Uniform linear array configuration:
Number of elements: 48
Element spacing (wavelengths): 0.25
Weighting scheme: exponential
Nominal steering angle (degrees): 60
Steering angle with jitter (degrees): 61.709
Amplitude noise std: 0.05
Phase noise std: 0.05

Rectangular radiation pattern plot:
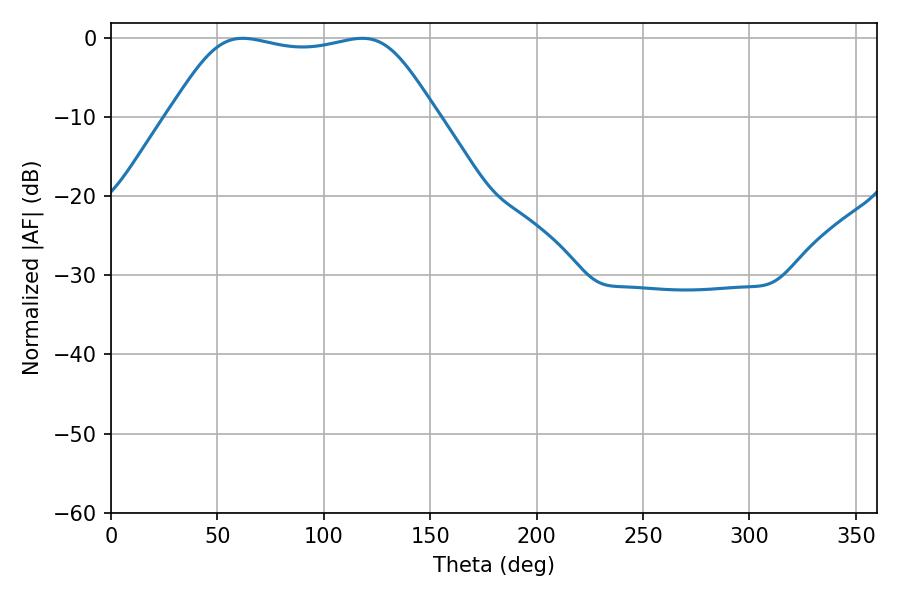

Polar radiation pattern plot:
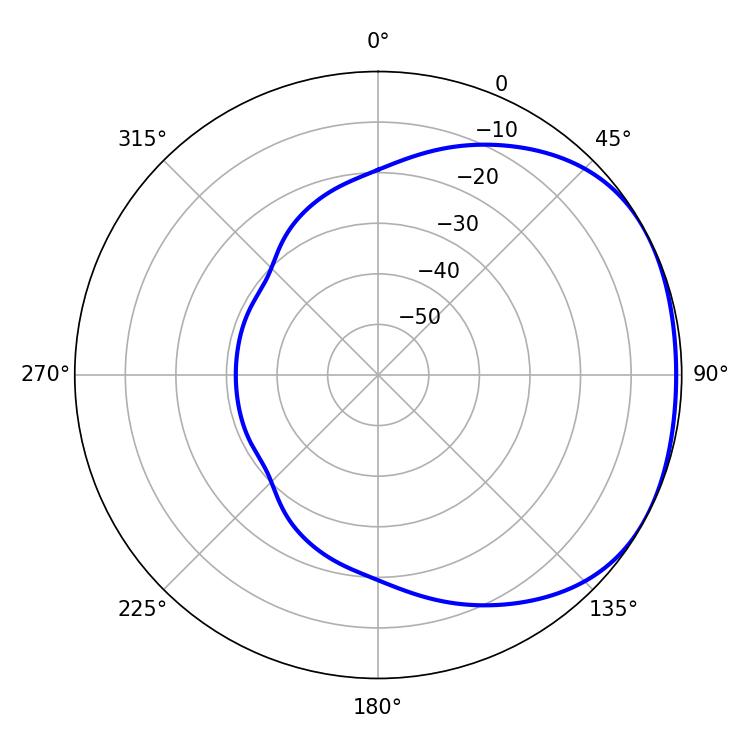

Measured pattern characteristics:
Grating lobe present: FALSE
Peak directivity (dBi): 1.666
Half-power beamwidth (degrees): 94.32
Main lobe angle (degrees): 61.92